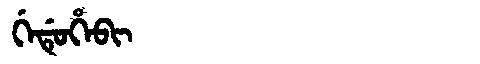
Manchu: ᡤᡝᡩᡠᡥᡝᠪᡳ
Romanization: GEDUHEBI